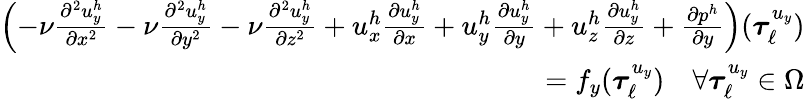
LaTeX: \begin{array}{r}{\left(-\nu\frac{\partial^{2}u_{y}^{h}}{\partial x^{2}}-\nu\frac{\partial^{2}u_{y}^{h}}{\partial y^{2}}-\nu\frac{\partial^{2}u_{y}^{h}}{\partial z^{2}}+u_{x}^{h}\frac{\partial u_{y}^{h}}{\partial x}+u_{y}^{h}\frac{\partial u_{y}^{h}}{\partial y}+u_{z}^{h}\frac{\partial u_{y}^{h}}{\partial z}+\frac{\partial p^{h}}{\partial y}\right)(\boldsymbol{\tau}_{\ell}^{u_{y}})}\\ {=f_{y}(\boldsymbol{\tau}_{\ell}^{u_{y}})\quad\forall\boldsymbol{\tau}_{\ell}^{u_{y}}\in\Omega}\end{array}